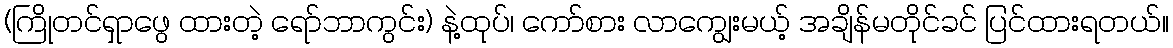
(ကြိုတင်ရှာဖွေ ထားတဲ့ ရော်ဘာကွင်း) နဲ့ထုပ်၊ ကော်စား လာကျွေးမယ့် အချိန်မတိုင်ခင် ပြင်ထားရတယ်။